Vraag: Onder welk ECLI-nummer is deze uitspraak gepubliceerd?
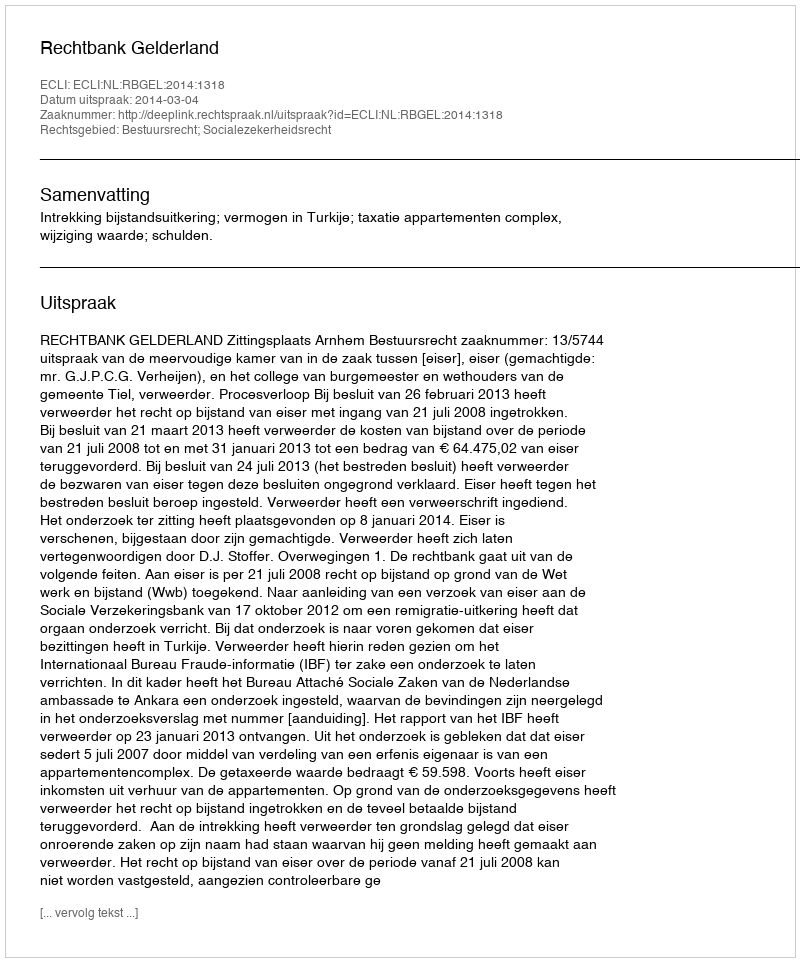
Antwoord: ECLI:NL:RBGEL:2014:1318